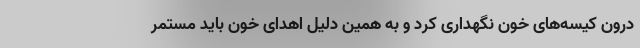
درون کیسه‌های خون نگهداری کرد و به همین دلیل اهدای خون باید مستمر